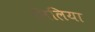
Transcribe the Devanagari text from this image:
लिलिया